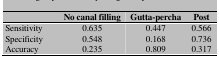
|  | No canal filling | Gutta-percha | Post |
 | --- | --- | --- | --- |
 | Sensitivity | 0.635 | 0.447 | 0.566 |
 | Specificity | 0.548 | 0.168 | 0.736 |
 | Accuracy | 0.235 | 0.809 | 0.317 |